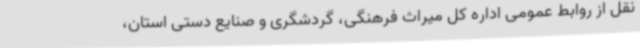
نقل از روابط عمومی اداره کل میراث فرهنگی، گردشگری و صنایع دستی استان،